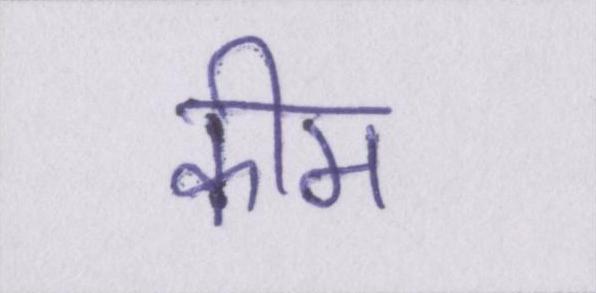
कीम